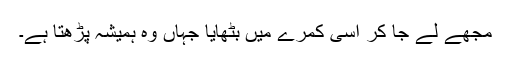
مجھے لے جا کر اسی کمرے میں بٹھایا جہاں وہ ہمیشہ پڑھتا ہے۔